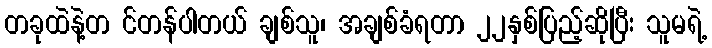
တခုထဲနဲ့တ င်တန်ပါတယ် ချစ်သူ၊ အချစ်ခံရတာ ၂၂နှစ်ပြည့်ဆိုပြီး သူမရဲ့